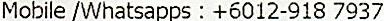
MOBILE /WHATSAPPS : +6012-918 7937